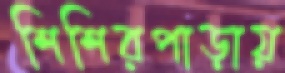
শিশিরপাড়ায়